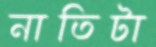
নাতিটা